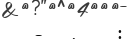
-   .    :